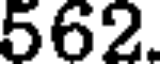
562.